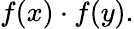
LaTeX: f(x)\cdot f(y).